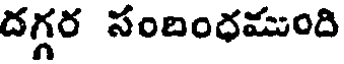
దగ్గర సందింధముంది